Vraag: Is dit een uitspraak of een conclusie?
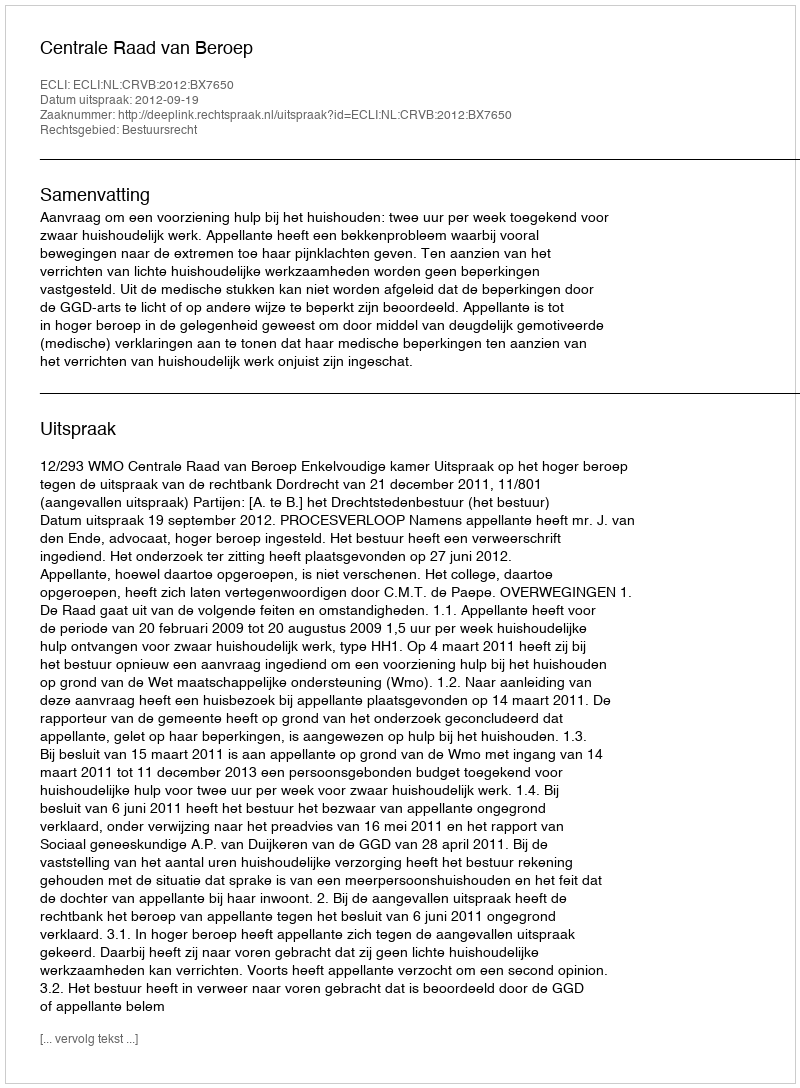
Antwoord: Uitspraak